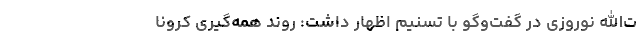
ت‌الله نوروزی در گفت‌وگو با تسنیم اظهار داشت: روند همه‌گیری کرونا